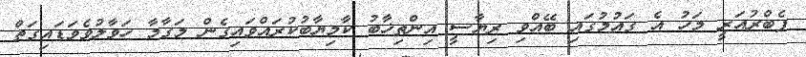
ފެބްރުއަރީ މަހު އެ ގައުމުގައި ބޭއްވި ރިޔާސީ އިންތިޚާބު ކާމިޔާބުކުރައްވައިގެން މަގާމާ ހަވާލުވެވަޑައިގަތް